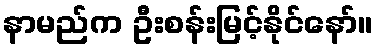
နာမည်က ဦးစန်းမြင့်နိုင်နော်။